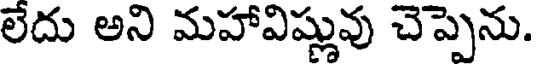
లేదు అని మహావిష్లువు చెప్పెను.